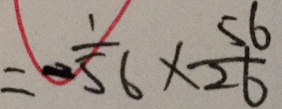
= - \frac { 1 } { 5 6 } \times \frac { 5 6 } { 2 6 }